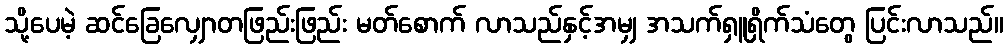
သို့ပေမဲ့ ဆင်ခြေလျှောတဖြည်းဖြည်း မတ်စောက် လာသည်နှင့်အမျှ အသက်ရှူရှိက်သံတွေ ပြင်းလာသည်။